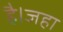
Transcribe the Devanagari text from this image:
है।जहा